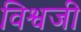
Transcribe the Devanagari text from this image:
विश्वजी